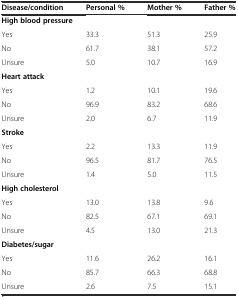
<table><thead><tr><td><b>Disease/condition</b></td><td><b>Personal %</b></td><td><b>Mother %</b></td><td><b>Father %</b></td></tr></thead><tbody><tr><td colspan="4"><b>High blood pressure</b></td></tr><tr><td>Yes</td><td>33.3</td><td>51.3</td><td>25.9</td></tr><tr><td>No</td><td>61.7</td><td>38.1</td><td>57.2</td></tr><tr><td>Unsure</td><td>5.0</td><td>10.7</td><td>16.9</td></tr><tr><td colspan="4"><b>Heart attack</b></td></tr><tr><td>Yes</td><td>1.2</td><td>10.1</td><td>19.6</td></tr><tr><td>No</td><td>96.9</td><td>83.2</td><td>68.6</td></tr><tr><td>Unsure</td><td>2.0</td><td>6.7</td><td>11.9</td></tr><tr><td colspan="4"><b>Stroke</b></td></tr><tr><td>Yes</td><td>2.2</td><td>13.3</td><td>11.9</td></tr><tr><td>No</td><td>96.5</td><td>81.7</td><td>76.5</td></tr><tr><td>Unsure</td><td>1.4</td><td>5.0</td><td>11.5</td></tr><tr><td colspan="4"><b>High cholesterol</b></td></tr><tr><td>Yes</td><td>13.0</td><td>13.8</td><td>9.6</td></tr><tr><td>No</td><td>82.5</td><td>67.1</td><td>69.1</td></tr><tr><td>Unsure</td><td>4.5</td><td>13.0</td><td>21.3</td></tr><tr><td colspan="4"><b>Diabetes/sugar</b></td></tr><tr><td>Yes</td><td>11.6</td><td>26.2</td><td>16.1</td></tr><tr><td>No</td><td>85.7</td><td>66.3</td><td>68.8</td></tr><tr><td>Unsure</td><td>2.6</td><td>7.5</td><td>15.1</td></tr></tbody></table>